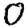
Digit: 0